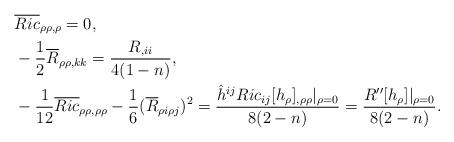
LaTeX: \begin{align*}&\overline{Ric}_{\rho\rho,\rho}=0,\\&-\frac{1}{2}\overline{R}_{\rho\rho,kk}=\frac{R_{,ii}}{4(1-n)},\\&-\frac{1}{12}\overline{Ric}_{\rho\rho,\rho\rho}-\frac{1}{6}(\overline{R}_{\rho i\rho j})^2=\frac{\hat{h}^{ij}Ric_{ij}[h_{\rho}]_{,\rho\rho}|_{\rho=0}}{8(2-n)}=\frac{R''[h_\rho]|_{\rho=0}}{8(2-n)}.\end{align*}